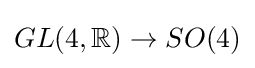
GL(4,\mathbb {R} )\to SO(4)